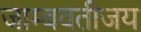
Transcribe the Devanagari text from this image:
जाम्बवतीजय